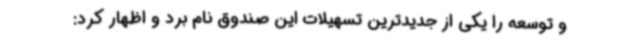
و توسعه را یکی از جدیدترین تسهیلات این صندوق نام برد و اظهار کرد: